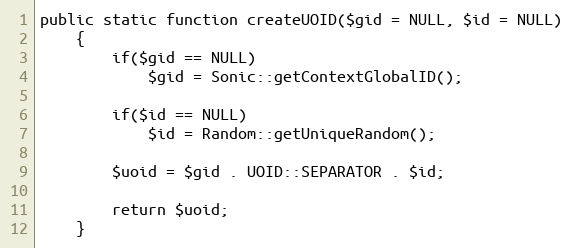
Language: PHP
public static function createUOID($gid = NULL, $id = NULL)
	{
		if($gid == NULL)
			$gid = Sonic::getContextGlobalID();

		if($id == NULL)
			$id = Random::getUniqueRandom();

		$uoid = $gid . UOID::SEPARATOR . $id;

		return $uoid;
	}